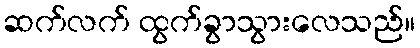
ဆက်လက် ထွက်ခွာသွားလေသည်။